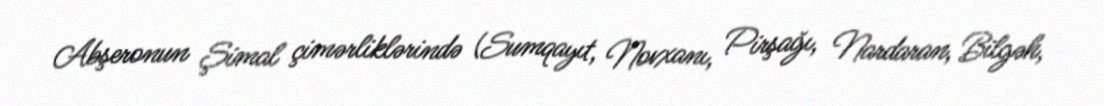
Abşeronun Şimal çimərliklərində (Sumqayıt, Novxanı, Pirşağı, Nardaran, Bilgəh,